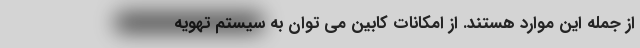
از جمله این موارد هستند. از امکانات کابین می توان به سیستم تهویه